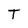
Character: T